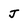
Character: J